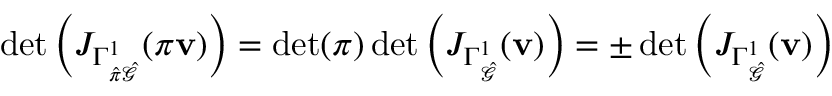
\operatorname* { d e t } \left( J _ { \Gamma _ { \hat { \pi } \hat { \mathcal { G } } } ^ { 1 } } ( \pi \mathbf { v } ) \right) = \operatorname* { d e t } ( \boldsymbol { \pi } ) \operatorname* { d e t } \left( J _ { \Gamma _ { \hat { \mathcal { G } } } ^ { 1 } } ( \mathbf { v } ) \right) = \pm \operatorname* { d e t } \left( J _ { \Gamma _ { \hat { \mathcal { G } } } ^ { 1 } } ( \mathbf { v } ) \right)